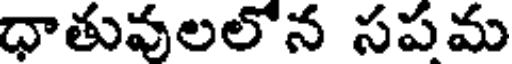
ధాతువులలోన సపమ